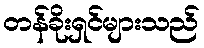
တန်ခိုးရှင်များသည်